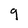
Character: g